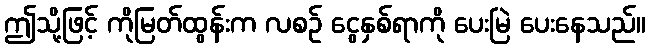
ဤသို့ဖြင့် ကိုမြတ်ထွန်းက လစဉ် ငွေနှစ်ရာကို ပေးမြဲ ပေးနေသည်။